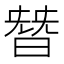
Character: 朁